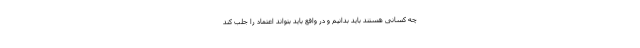
چه کسانی هستند باید بدانیم و در واقع باید بتواند اعتماد را جلب کند